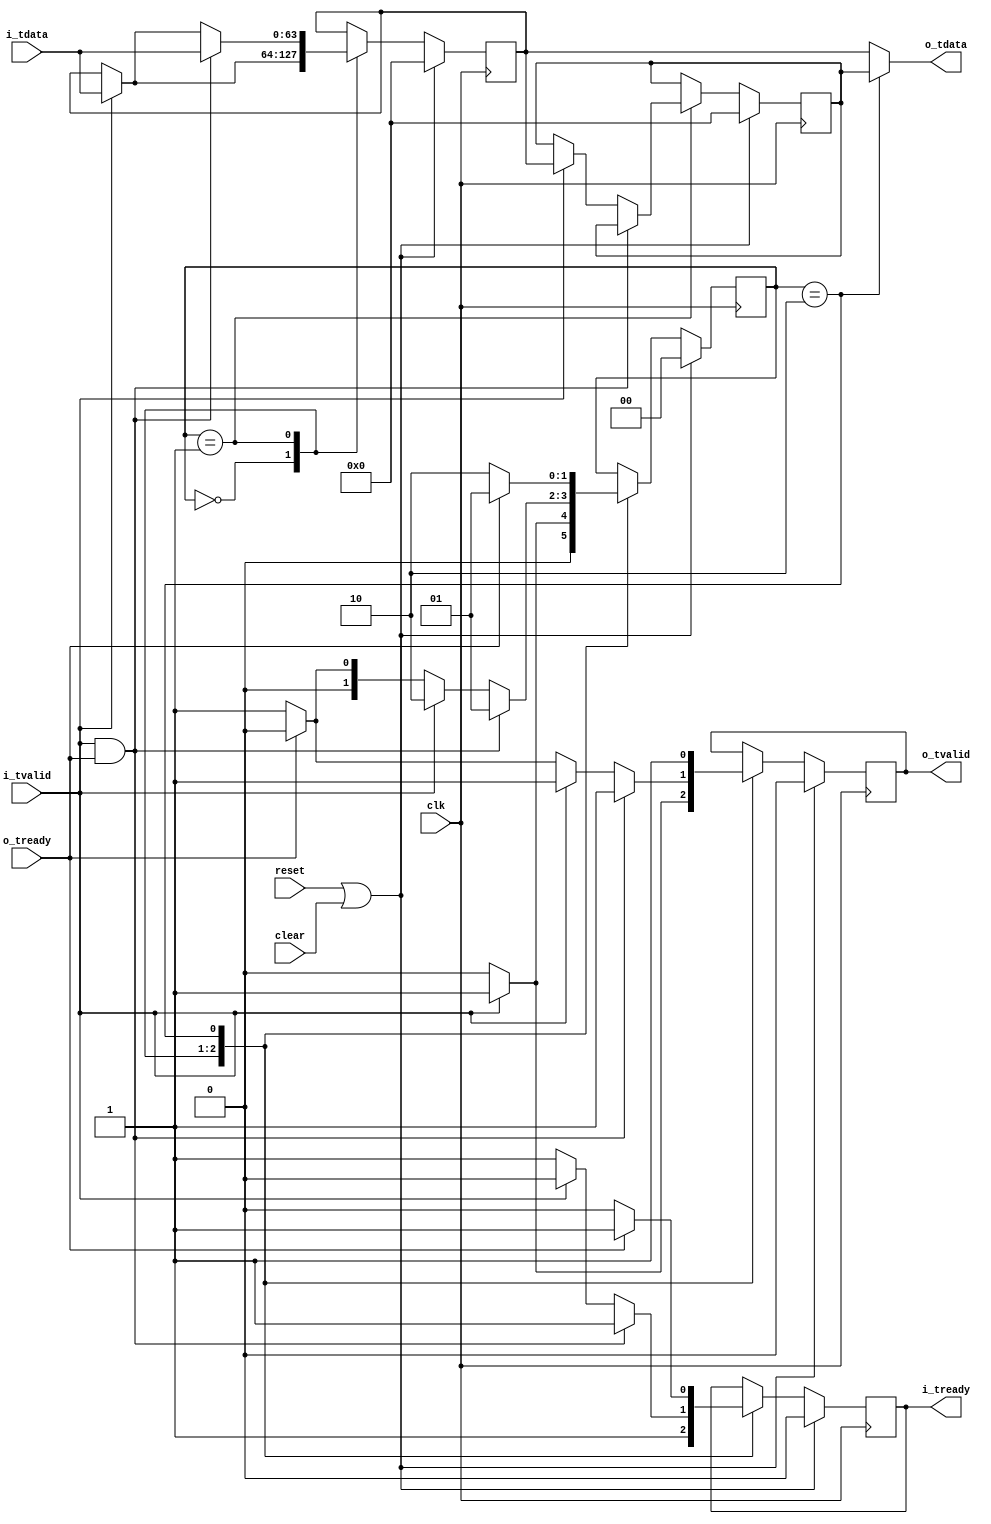
//
// Copyright 2014 Ettus Research LLC
// Copyright 2018 Ettus Research, a National Instruments Company
//
// SPDX-License-Identifier: LGPL-3.0-or-later
//
//
// Ultra fast critical path FIFO.
// Only 2 entrys but no combinatorial feed through paths
//


module axi_fast_fifo
  #(parameter WIDTH=64)
  (
   input clk,
   input reset,
   input clear,
   //
   input [WIDTH-1:0] i_tdata,
   input i_tvalid,
   output reg i_tready,
   //
   output [WIDTH-1:0] o_tdata,
   output reg o_tvalid,
   input  o_tready
   );

   reg [WIDTH-1:0] data_reg1, data_reg2;

   reg [1:0] 	   state;
   
   localparam EMPTY = 0;
   localparam HALF = 1;
   localparam FULL = 2;
   
   always @(posedge clk) 
     if (reset | clear) begin
	state <= EMPTY;
	data_reg1 <= 0;
	data_reg2 <= 0;
	o_tvalid <= 1'b0;
	i_tready <= 1'b0;
	
     end else begin
	case (state)
	  // Nothing in either register.
	  // Upstream can always push data to us.
	  // Downstream has nothing to take from us.
	  EMPTY: begin
	     if (i_tvalid) begin
		data_reg1 <= i_tdata;
		state <= HALF;
		i_tready <= 1'b1;
		o_tvalid <= 1'b1;
	     end else begin
		state <= EMPTY;
		i_tready <= 1'b1;
		o_tvalid <= 1'b0;
	     end
	  end
	  // First Register Full.
	  // Upstream can always push data to us.
	  // Downstream can always read from us.
	  HALF: begin
	     if (i_tvalid && o_tready) begin
		data_reg1 <= i_tdata;
		state <= HALF;
		i_tready <= 1'b1;
		o_tvalid <= 1'b1;
	     end else if (i_tvalid) begin
		data_reg1 <= i_tdata;
		data_reg2 <= data_reg1;
		state <= FULL;
		i_tready <= 1'b0;
		o_tvalid <= 1'b1;
	     end else if (o_tready) begin
		state <= EMPTY;
		i_tready <= 1'b1;
		o_tvalid <= 1'b0;
	     end else begin
		state <= HALF;
		i_tready <= 1'b1;
		o_tvalid <= 1'b1;
	     end
	  end // case: HALF
	  // Both Registers Full.
	  // Upstream can not push to us in this state.
	  // Downstream can always read from us.
	  FULL: begin
	     if (o_tready) begin
		state <= HALF;
		i_tready <= 1'b1;
		o_tvalid <= 1'b1;
	     end
	     else begin
		state <= FULL;
		i_tready <= 1'b0;
		o_tvalid <= 1'b1;
	     end
	  end
	endcase // case(state)
     end // else: !if(reset | clear)

   assign o_tdata = (state == FULL) ? data_reg2 : data_reg1;
   

endmodule // axi_fast_fifo